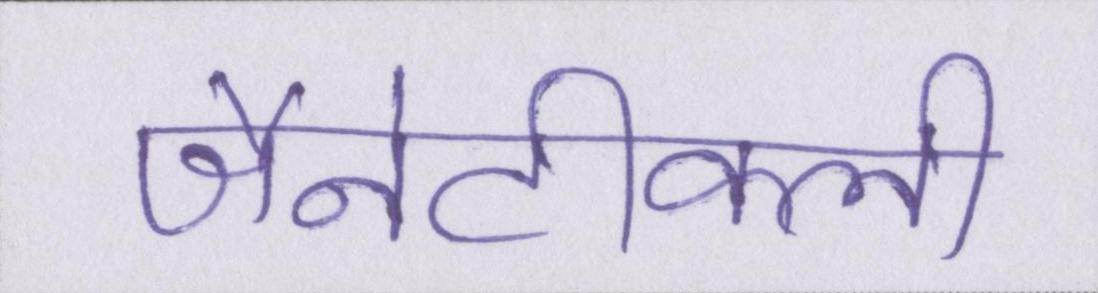
जैनेटीकली